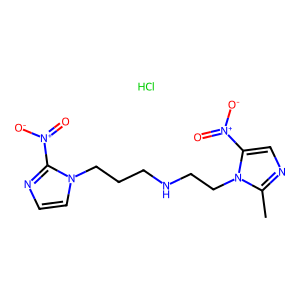
SMILES: Cc1ncc([N+](=O)[O-])n1CCNCCCn1ccnc1[N+](=O)[O-].Cl
Inhibits HIV replication: No